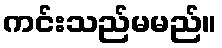
ကင်းသည်မမည်။